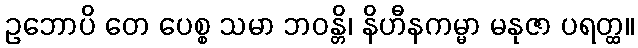
ဥဘောပိ တေ ပေစ္စ သမာ ဘဝန္တိ၊ နိဟီနကမ္မာ မနုဇာ ပရတ္ထ။